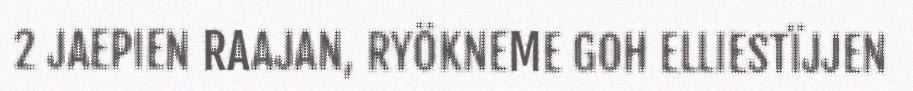
2 JAEPIEN RAAJAN, RYÖKNEME GOH ELLIESTÏJJEN